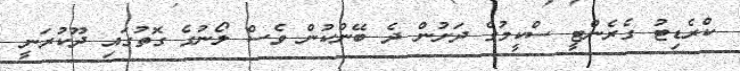
ކްރެޑިޓު ގެރެންޓީ ސްކީމުގެ ދަށުން ދެ ބޭންކުން ވެސް ލޯނުގެ ގޮތުގައި ދޫކުރަނީ